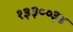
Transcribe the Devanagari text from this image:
१३३००३४